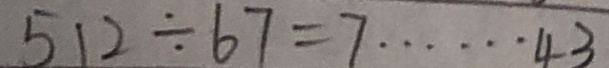
5 1 2 \div 6 7 = 7 \cdots 4 3